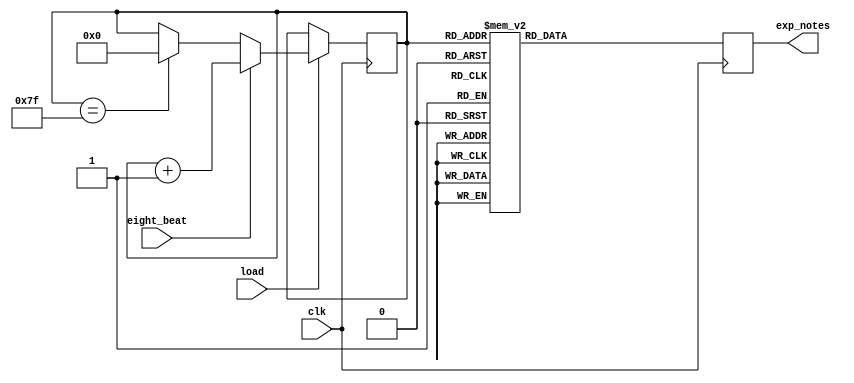
module verse(
				  input clk,
						  eight_beat,
						  load,
						  
				  output reg [4:0]exp_notes
				  );
							 
	reg [6:0] t = 7'd0;
	
	always@(posedge clk)
	begin
		if (load)
			if (eight_beat == 1'b1)
				t <= t+1;
			else if (t == 7'd127)
			t <= 7'd0;
		else if (~load)
			t <= 5'd0;
	end
	
	always@(posedge clk)
	begin
	
		case(t)
		
		//first four bars of the verse
		//let 5'b00111 be the A5 chord
		//let 5'b01011 be the G5 chord
		
			7'd0:
				exp_notes <= 5'b00111;
			7'd2:
				exp_notes <= 5'b00111;
			7'd4:
				exp_notes <= 5'b00111;
			7'd6:
				exp_notes <= 5'b00111;
			7'd8:
				exp_notes <= 5'b00111;
			7'd10:
				exp_notes <= 5'b00111;
			7'd12:
				exp_notes <= 5'b00111;
			7'd14:
				exp_notes <= 5'b00111;
			7'd16:
				exp_notes <= 5'b00111;
			7'd19:
				exp_notes <= 5'b01011;
			7'd23:
				exp_notes <= 5'b00111;
			7'd26:
				exp_notes <= 5'b00111;
			7'd28:
				exp_notes <= 5'b00111;
			7'd30:
				exp_notes <= 5'b00111;
				
			//second four bars
			7'd32:
				exp_notes <= 5'b00111;
			7'd34:
				exp_notes <= 5'b00111;
			7'd36:
				exp_notes <= 5'b00111;
			7'd38:
				exp_notes <= 5'b00111;
			7'd40:
				exp_notes <= 5'b00111;
			7'd42:
				exp_notes <= 5'b00111;
			7'd44:
				exp_notes <= 5'b00111;
			7'd46:
				exp_notes <= 5'b00111;
			7'd48:
				exp_notes <= 5'b00111;
			7'd50:
				exp_notes <= 5'b00111;
			7'd52:
				exp_notes <= 5'b01011;
			7'd54:
				exp_notes <= 5'b01011;
			7'd56:
				exp_notes <= 5'b00111;
			7'd57:
				exp_notes <= 5'b00111;
			7'd59:
				exp_notes <= 5'b10101;
				
			//third four bars
			7'd64:
				exp_notes <= 5'b00111;
			7'd66:
				exp_notes <= 5'b00111;
			7'd68:
				exp_notes <= 5'b00111;
			7'd70:
				exp_notes <= 5'b00111;
			7'd72:
				exp_notes <= 5'b00111;
			7'd74:
				exp_notes <= 5'b00111;
			7'd76:
				exp_notes <= 5'b00111;
			7'd78:
				exp_notes <= 5'b00111;
			7'd80:
				exp_notes <= 5'b00111;
			7'd84:
				exp_notes <= 5'b01011;
			7'd87:
				exp_notes <= 5'b00111;
			7'd90:
				exp_notes <= 5'b00111;
			7'd92:
				exp_notes <= 5'b00111;
			7'd94:
				exp_notes <= 5'b00111;
				
			//fourth four bars
			7'd96:
				exp_notes <= 5'b00111;
			7'd98:
				exp_notes <= 5'b00111;
			7'd100:
				exp_notes <= 5'b00111;
			7'd102:
				exp_notes <= 5'b00111;
			7'd104:
				exp_notes <= 5'b00111;
			7'd106:
				exp_notes <= 5'b00111;
			7'd108:
				exp_notes <= 5'b00111;
			7'd110:
				exp_notes <= 5'b00111;
			7'd112:
				exp_notes <= 5'b00111;
			7'd116:
				exp_notes <= 5'b01011;
			7'd119:
				exp_notes <= 5'b00111;
			7'd122:
				exp_notes <= 5'b00111;
			7'd124:
				exp_notes <= 5'b00111;
			7'd126:
				exp_notes <= 5'b00111;
				
			default: exp_notes <= 5'b00000;
			
		endcase
	end
endmodule